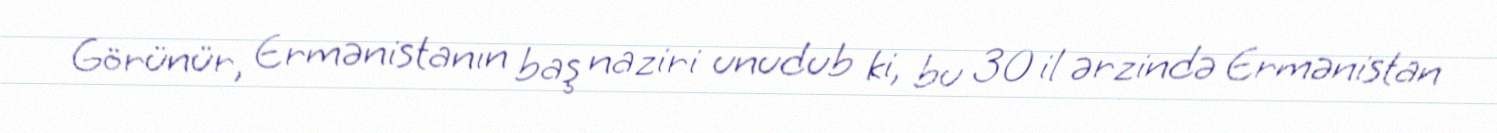
Görünür, Ermənistanın baş naziri unudub ki, bu 30 il ərzində Ermənistan